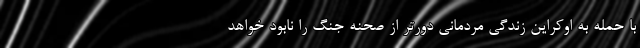
با حمله به اوکراین زندگی مردمانی دورتر از صحنه جنگ را نابود خواهد